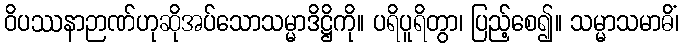
ဝိပဿနာဉာဏ်ဟုဆိုအပ်သောသမ္မာဒိဋ္ဌိကို။ ပရိပူရိတွာ၊ ပြည့်စေ၍။ သမ္မာသမာဓိံ၊